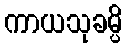
ကာယသုခမ္ပိ